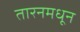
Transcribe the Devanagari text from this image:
तारनमधून